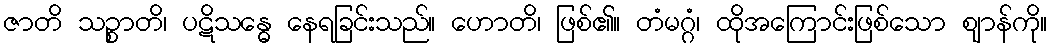
ဇာတိ သဉ္စာတိ၊ ပဋိသန္ဓေ နေရခြင်းသည်။ ဟောတိ၊ ဖြစ်၏။ တံမဂ္ဂံ၊ ထိုအကြောင်းဖြစ်သော ဈာန်ကို။